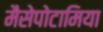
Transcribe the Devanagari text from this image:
मैसेपोटामिया